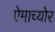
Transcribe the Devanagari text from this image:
ऐमाच्योर